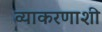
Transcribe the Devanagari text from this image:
व्याकरणाशी